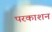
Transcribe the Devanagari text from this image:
परकाशन